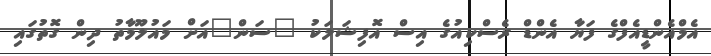
އެމްއެންޑީއެފްގެ ފަޔާ އެންޑް ރެސްކިއުގެ އިސް އޮފިޝަލަކު "ސަން"އަށް މައުލޫމާތު ދިން ގޮތުގައި